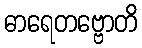
ဓာရေတဗ္ဗောတိ